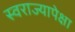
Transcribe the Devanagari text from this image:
स्वराज्यापेक्षा